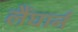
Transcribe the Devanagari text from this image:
लैंघार्न